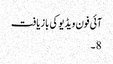
آئی فون ویڈیو کی بازیافت
8 ۔